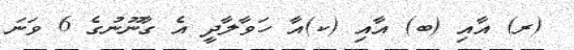
(ރ) އާއި (ބ) އާއި (ކ)އާ ހަވާލާދީ އެ ގާނޫނުގެ 6 ވަނަ